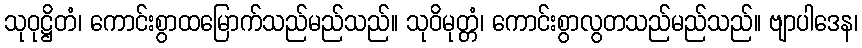
သုဝုဋ္ဌိတံ၊ ကောင်းစွာထမြောက်သည်မည်သည်။ သုဝိမုတ္တံ၊ ကောင်းစွာလွတသည်မည်သည်။ ဗျာပါဒေန၊